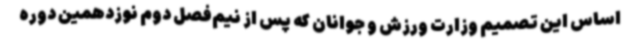
اساس این تصمیم وزارت ورزش و جوانان که پس از نیم‌فصل دوم نوزدهمین دوره